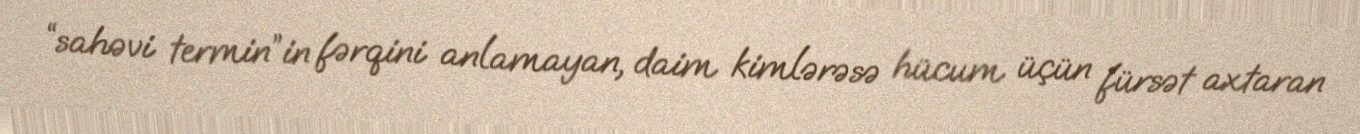
“sahəvi termin”in fərqini anlamayan, daim kimlərəsə hücum üçün fürsət axtaran